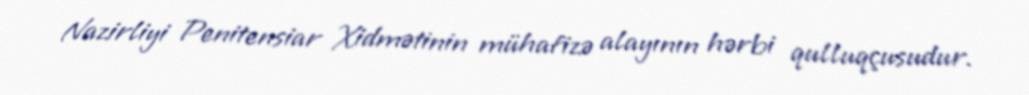
Nazirliyi Penitensiar Xidmətinin mühafizə alayının hərbi qulluqçusudur.